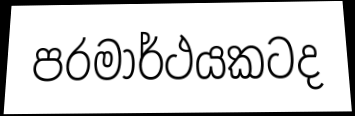
පරමාර්ථයකටද